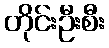
တိုင်းဦးစီး